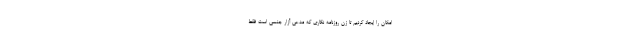
امکان را ایجاد کردیم تا زن روزنامه نگاری که مدعی آزار جنسی است فقط